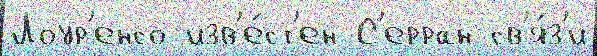
Лоур'енсо изв'е́ст'ен С'ерран св'я́з'и